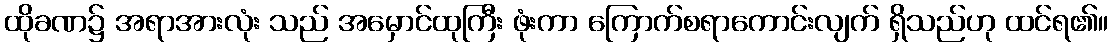
ထိုခဏ၌ အရာအားလုံး သည် အမှောင်ထုကြီး ဖုံးကာ ကြောက်စရာကောင်းလျက် ရှိသည်ဟု ထင်ရ၏။